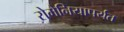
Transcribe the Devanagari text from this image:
रोमेनियापर्यंत